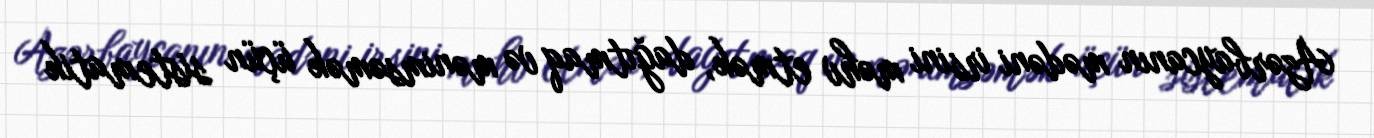
Azərbaycanın mədəni irsini məhv etmək, dağıtmaq və mənimsəmək üçün sistematik